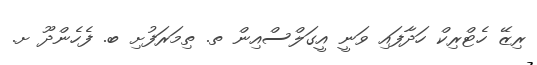
ރިޒޭ ހެޓްރިކް ހަދާފައި ވަނީ އީގަލްސްއިން ތ. ތިމަރަފުށި ބ. ފެހެންދޫ ށ.